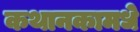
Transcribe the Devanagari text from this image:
कथानकामधे